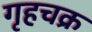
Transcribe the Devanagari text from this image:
गृहचक्र